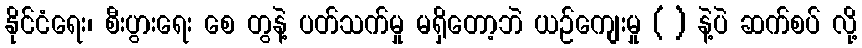
နိုင်ငံရေး၊ စီးပွားရေး စေ တွနဲ့ ပတ်သက်မှု မရှိတော့ဘဲ ယဉ်ကျေးမှု ( ) နဲ့ပဲ ဆက်စပ် လို့